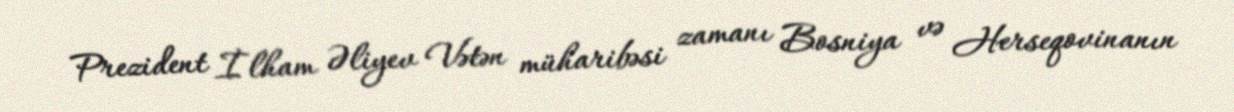
Prezident İlham Əliyev Vətən müharibəsi zamanı Bosniya və Herseqovinanın